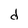
Character: d